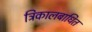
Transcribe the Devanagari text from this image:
त्रिकालबाधित